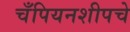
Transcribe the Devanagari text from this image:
चँपियनशीपचे